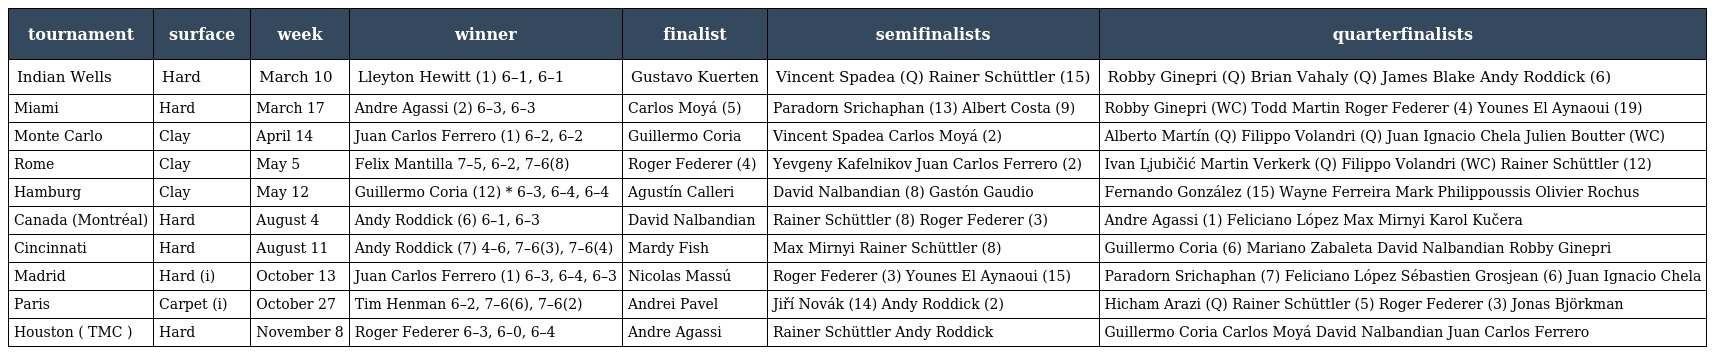
| tournament | surface | week | winner | finalist | semifinalists | quarterfinalists |
 | --- | --- | --- | --- | --- | --- | --- |
 | Indian Wells | Hard | March 10 | Lleyton Hewitt (1) 6–1, 6–1 | Gustavo Kuerten | Vincent Spadea (Q) Rainer Schüttler (15) | Robby Ginepri (Q) Brian Vahaly (Q) James Blake Andy Roddick (6) |
 | Miami | Hard | March 17 | Andre Agassi (2) 6–3, 6–3 | Carlos Moyá (5) | Paradorn Srichaphan (13) Albert Costa (9) | Robby Ginepri (WC) Todd Martin Roger Federer (4) Younes El Aynaoui (19) |
 | Monte Carlo | Clay | April 14 | Juan Carlos Ferrero (1) 6–2, 6–2 | Guillermo Coria | Vincent Spadea Carlos Moyá (2) | Alberto Martín (Q) Filippo Volandri (Q) Juan Ignacio Chela Julien Boutter (WC) |
 | Rome | Clay | May 5 | Felix Mantilla 7–5, 6–2, 7–6(8) | Roger Federer (4) | Yevgeny Kafelnikov Juan Carlos Ferrero (2) | Ivan Ljubičić Martin Verkerk (Q) Filippo Volandri (WC) Rainer Schüttler (12) |
 | Hamburg | Clay | May 12 | Guillermo Coria (12) * 6–3, 6–4, 6–4 | Agustín Calleri | David Nalbandian (8) Gastón Gaudio | Fernando González (15) Wayne Ferreira Mark Philippoussis Olivier Rochus |
 | Canada (Montréal) | Hard | August 4 | Andy Roddick (6) 6–1, 6–3 | David Nalbandian | Rainer Schüttler (8) Roger Federer (3) | Andre Agassi (1) Feliciano López Max Mirnyi Karol Kučera |
 | Cincinnati | Hard | August 11 | Andy Roddick (7) 4–6, 7–6(3), 7–6(4) | Mardy Fish | Max Mirnyi Rainer Schüttler (8) | Guillermo Coria (6) Mariano Zabaleta David Nalbandian Robby Ginepri |
 | Madrid | Hard (i) | October 13 | Juan Carlos Ferrero (1) 6–3, 6–4, 6–3 | Nicolas Massú | Roger Federer (3) Younes El Aynaoui (15) | Paradorn Srichaphan (7) Feliciano López Sébastien Grosjean (6) Juan Ignacio Chela |
 | Paris | Carpet (i) | October 27 | Tim Henman 6–2, 7–6(6), 7–6(2) | Andrei Pavel | Jiří Novák (14) Andy Roddick (2) | Hicham Arazi (Q) Rainer Schüttler (5) Roger Federer (3) Jonas Björkman |
 | Houston ( TMC ) | Hard | November 8 | Roger Federer 6–3, 6–0, 6–4 | Andre Agassi | Rainer Schüttler Andy Roddick | Guillermo Coria Carlos Moyá David Nalbandian Juan Carlos Ferrero |